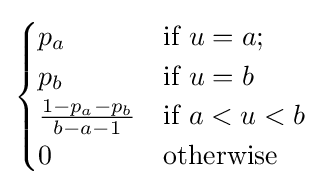
{\begin{cases}p_{a}&{\text{if }}u=a;\\p_{b}&{\text{if }}u=b\\{\frac {1-p_{a}-p_{b}}{b-a-1}}&{\text{if }}a<u<b\\0&{\text{otherwise}}\end{cases}}